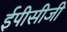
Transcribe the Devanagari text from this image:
ईपीसीजी